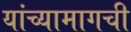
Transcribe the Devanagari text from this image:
यांच्यामागची